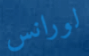
لورانس